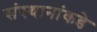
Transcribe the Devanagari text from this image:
संस्थानांकडे